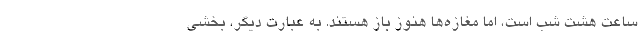
ساعت هشت شب است، اما مغازه‌ها هنوز باز هستند. به عبارت دیگر، بخشی